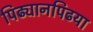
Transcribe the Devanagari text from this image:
पिढ्यानपिढया